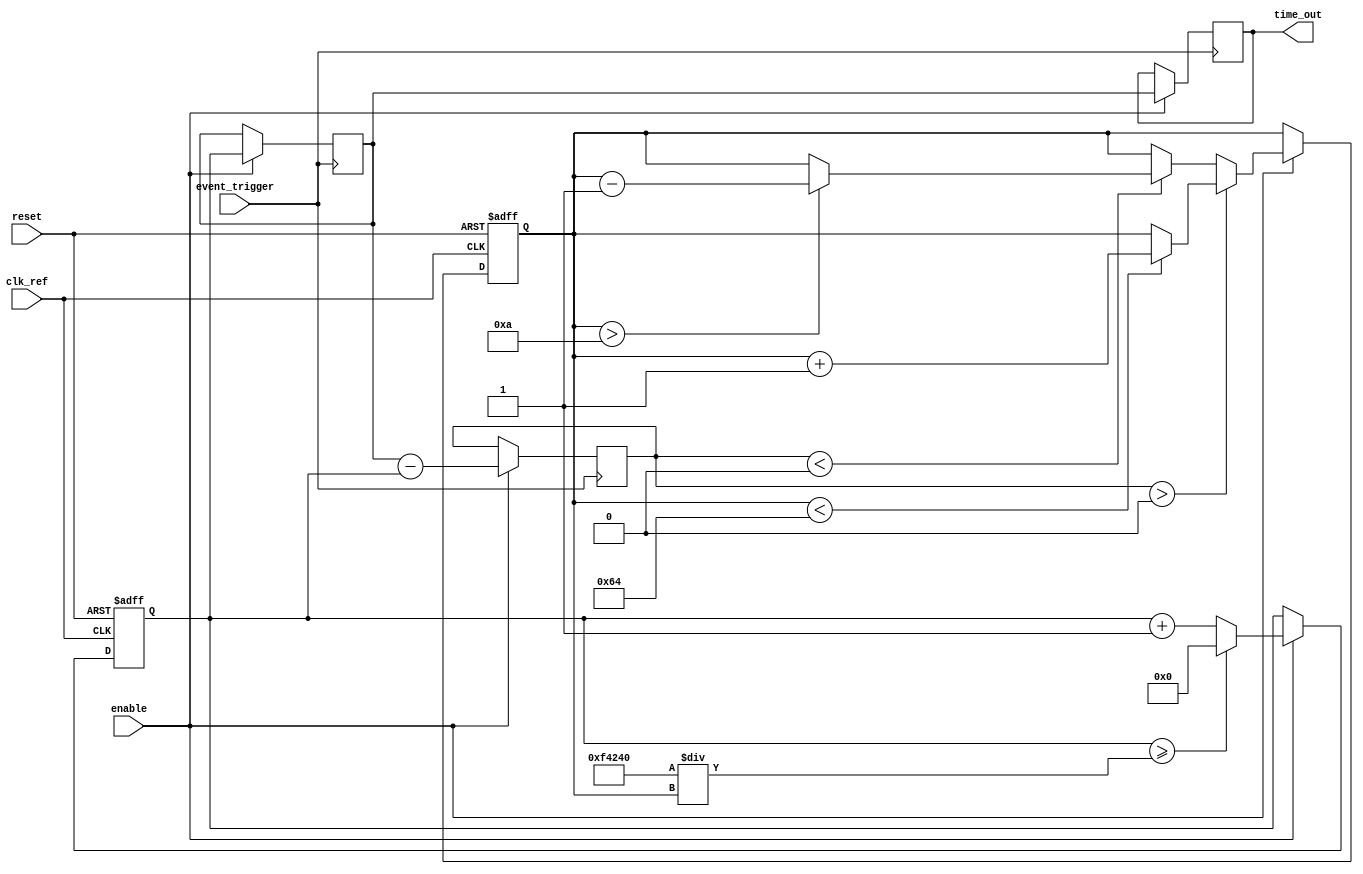
module TDC_PLL (
    input wire clk_ref,         // Reference clock input
    input wire event_trigger,   // Input event signal to measure
    output reg [15:0] time_out, // Digital output representing time interval
    input wire reset,           // Reset signal
    input wire enable           // Enable signal for TDC operation
);

    // PLL parameters
    parameter VCO_MAX_FREQ = 100; // Max frequency of VCO in MHz
    parameter VCO_MIN_FREQ = 10;   // Min frequency of VCO in MHz
    parameter VCO_STEP = 1;         // Frequency step in MHz

    // Internal signals
    reg [15:0] vco_count;          // VCO counter
    reg [15:0] phase_diff;         // Phase difference measurement
    reg vco_output;                // VCO output signal
    reg [15:0] vco_freq;           // Current frequency of VCO
    reg [15:0] sample_time;        // Time of the sampled event

    // PLL Control Logic
    always @(posedge clk_ref or posedge reset) begin
        if (reset) begin
            vco_count <= 0;
            vco_freq <= VCO_MIN_FREQ;
            vco_output <= 0;
        end else if (enable) begin
            // Simulate VCO frequency adjustment based on phase difference
            if (phase_diff > 0) begin
                if (vco_freq < VCO_MAX_FREQ) begin
                    vco_freq <= vco_freq + VCO_STEP; // Increase frequency
                end
            end else if (phase_diff < 0) begin
                if (vco_freq > VCO_MIN_FREQ) begin
                    vco_freq <= vco_freq - VCO_STEP; // Decrease frequency
                end
            end
            
            // Update VCO output based on frequency
            vco_count <= vco_count + 1;
            if (vco_count >= (1000000 / vco_freq)) begin // Assuming clk_ref is in MHz
                vco_output <= ~vco_output; // Toggle VCO output
                vco_count <= 0;
            end
        end
    end

    // Phase Detection Logic
    always @(posedge event_trigger) begin
        if (enable) begin
            // Capture the current time based on VCO output
            sample_time <= vco_count; // Capture the VCO count at event trigger
            // Calculate phase difference (simplified)
            phase_diff <= sample_time - (vco_count); // This is a placeholder for actual phase detection logic
            time_out <= sample_time; // Output the sampled time
        end
    end

endmodule